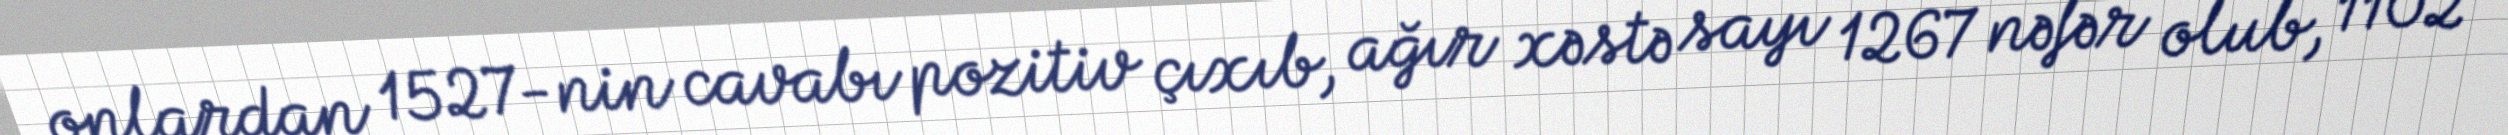
onlardan 1527-nin cavabı pozitiv çıxıb, ağır xəstə sayı 1267 nəfər olub, 1102